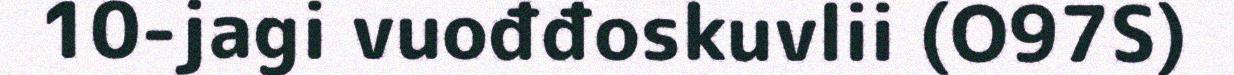
10-jagi vuođđoskuvlii (O97S)